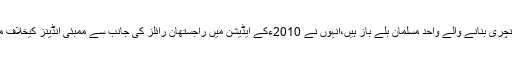
ہاشم آملا کے علاوہ کولکتہ نائیٹ رائیڈرز کے یوسف پٹھان آئی پی ایل کی تاریخ میں سنچری بنانے والے واحد مسلمان بلے باز ہیں،انہوں نے 2010ءکے ایڈیشن میں راجستھان رائلز کی جانب سے ممبئی انڈینز کیخلاف میچ میں 9چوکوں اور 8چھکوں کی مددسے محض37گیندوں پر 100رنز بنائے تھے ۔